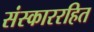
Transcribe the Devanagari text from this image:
संस्काररहित